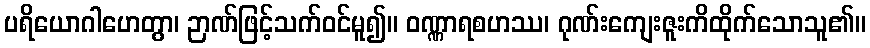
ပရိယောဂါဟေတွာ၊ ဉာဏ်ဖြင့်သက်ဝင်မူ၍။ ဝဏ္ဏာရစဟဿ၊ ဂုဏ်းကျေးဇူးကိထိုက်သောသူ၏။